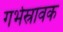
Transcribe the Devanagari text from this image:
गर्भस्रावक